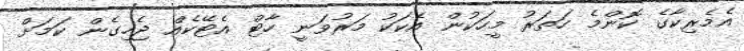
އެމެރިކާގެ ކޮންމެ ހަތަރު މީހަކުން އެކަކު މަރުވަނީ ހާޓް އެޓޭކެއް ޖެހިގެން ކަމަށް